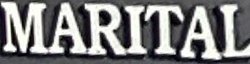
MARITAL